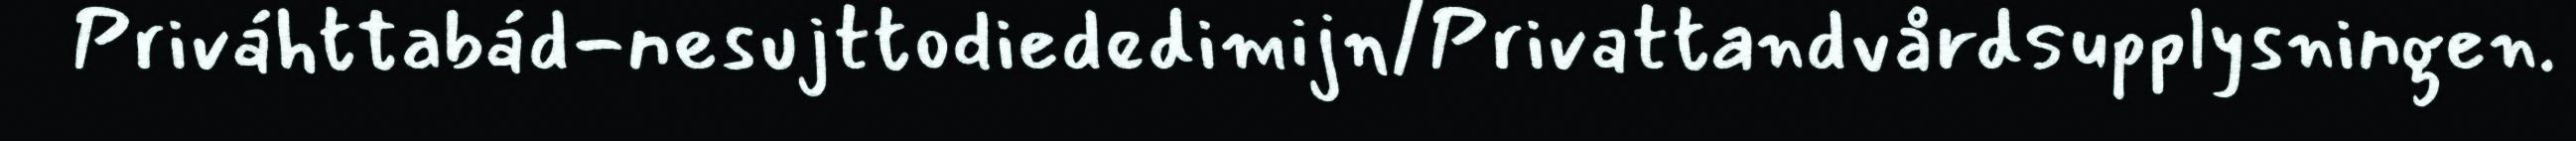
Priváhttabád-nesujttodiededimijn/Privattandvårdsupplysningen.